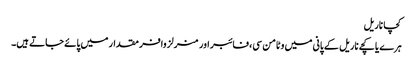
کچا ناریل
ہرے یا کچے ناریل کے پانی میں وٹامن سی، فائبر اور منرلز وافر مقدار میں پائے جاتے ہیں۔